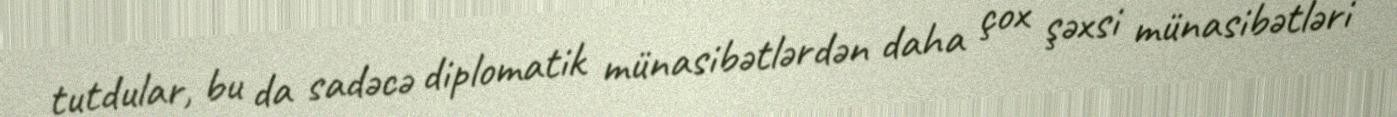
tutdular, bu da sadəcə diplomatik münasibətlərdən daha çox şəxsi münasibətləri